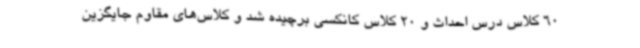
60 کلاس درس احداث و 20 کلاس کانکسی برچیده شد و کلاس‌های مقاوم جایگزین